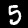
Label: 5